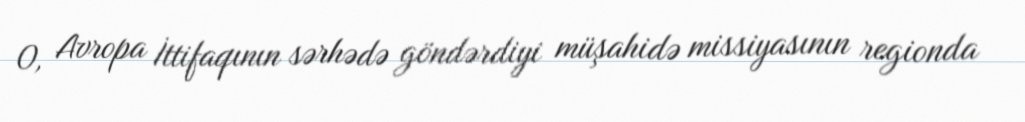
O, Avropa İttifaqının sərhədə göndərdiyi müşahidə missiyasının regionda